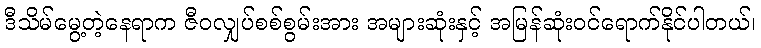
ဒီသိမ်မွေ့တဲ့နေရာက ဇီဝလျှပ်စစ်စွမ်းအား အများဆုံးနှင့် အမြန်ဆုံးဝင်ရောက်နိုင်ပါတယ်၊